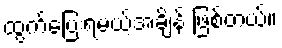
ထွက်ပြေးရမယ့်အချိန် ဖြစ်တယ်။